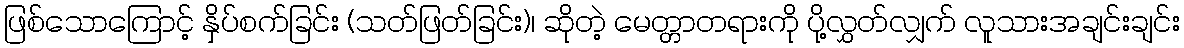
ဖြစ်သောကြောင့် နှိပ်စက်ခြင်း (သတ်ဖြတ်ခြင်း)၊ ဆိုတဲ့ မေတ္တာတရားကို ပို့လွှတ်လျှက် လူသားအချင်းချင်း